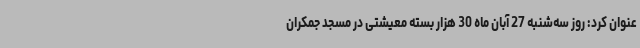
عنوان کرد: روز سه‌شنبه 27 آبان ماه 30 هزار بسته معیشتی در مسجد جمکران